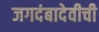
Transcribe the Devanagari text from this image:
जगदंबादेवीची